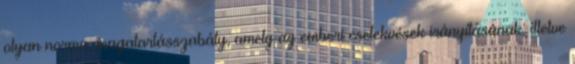
olyan norma, magatartásszabály, amely az emberi cselekvések irányításának, illetve